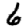
Digit: 6